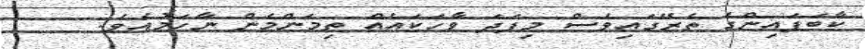
ކާބަފައިންގެ ތެރޭގައިވެސް މިފަދަ ވާހަކައެއް ތިމަންމެން ނާހަމުއެވެ.